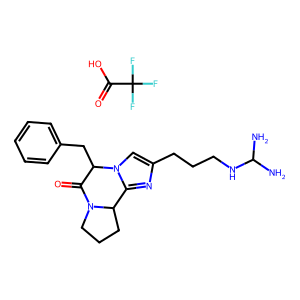
SMILES: NC(N)NCCCc1cn2c(n1)C1CCCN1C(=O)C2Cc1ccccc1.O=C(O)C(F)(F)F
Inhibits HIV replication: No